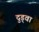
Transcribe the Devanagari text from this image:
दुड्वा